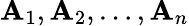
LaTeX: \mathbf{A}_{1},\mathbf{A}_{2},\dots,\mathbf{A}_{n}